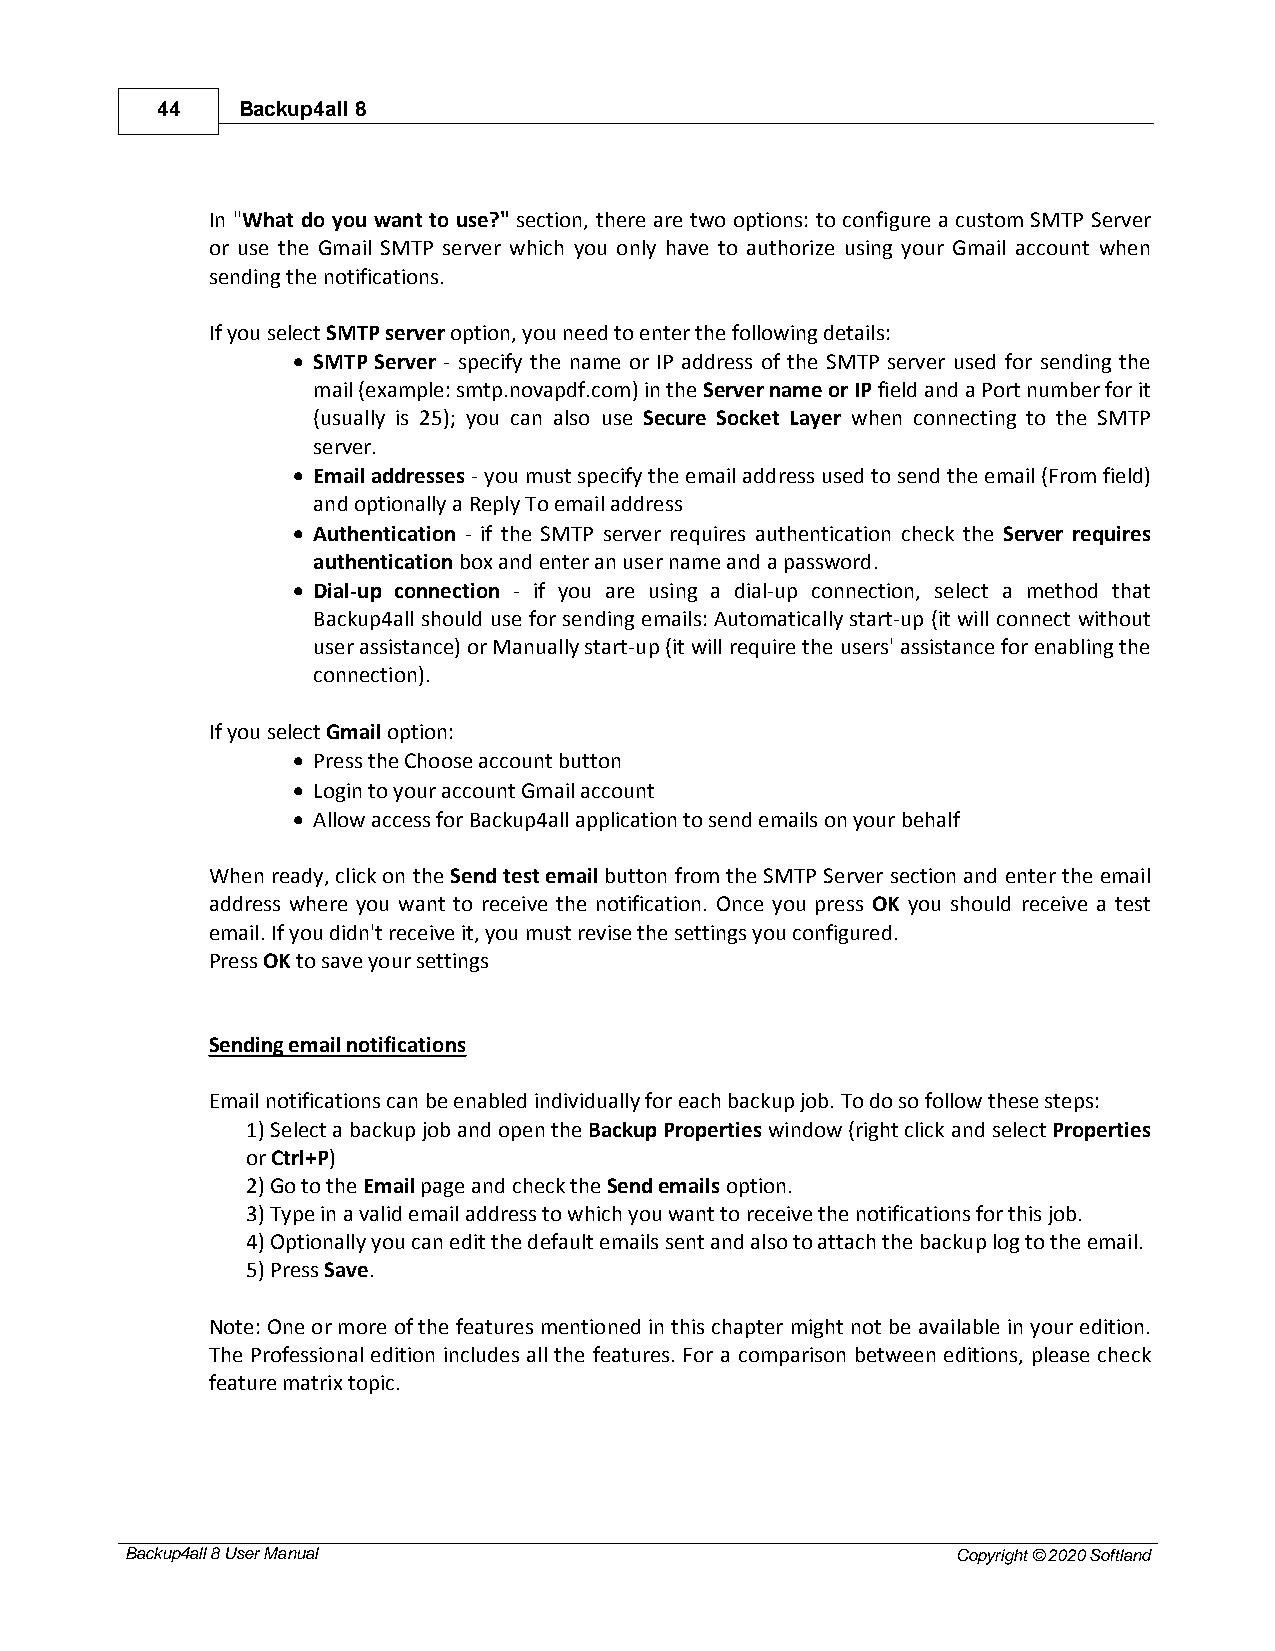
44    Backup4all 8
 In "What do you want to use?" section, there are two options: to configure a custom SMTP Server
 or use the Gmail SMTP server which you only have to authorize using your Gmail account when
 sending the notifications.
 If you select SMTP server option, you need to enter the following details:
 · SMTP Server - specify the name or IP address of the SMTP server used for sending the
 mail (example: smtp.novapdf.com) in the Server name or IP field and a Port number for it
 (usually is 25); you can also use Secure Socket Layer when connecting to the SMTP
 server.
 · Email addresses - you must specify the email address used to send the email (From field)
 and optionally a Reply To email address
 · Authentication - if the SMTP server requires authentication check the Server requires
 authentication box and enter an user name and a password.
 · Dial-up connection - if you are using a dial-up connection, select a method that
 Backup4all should use for sending emails: Automatically start-up (it will connect without
 user assistance) or Manually start-up (it will require the users' assistance for enabling the
 connection).
 If you select Gmail option:
 · Press the Choose account button
 · Login to your account Gmail account
 · Allow access for Backup4all application to send emails on your behalf
 When ready, click on the Send test email button from the SMTP Server section and enter the email
 address where you want to receive the notification. Once you press OK you should receive a test
 email. If you didn't receive it, you must revise the settings you configured.
 Press OK to save your settings
 Sending email notifications
 Email notifications can be enabled individually for each backup job. To do so follow these steps:
 1) Select a backup job and open the Backup Properties window (right click and select Properties
 or Ctrl+P)
 2) Go to the Email page and check the Send emails option.
 3) Type in a valid email address to which you want to receive the notifications for this job.
 4) Optionally you can edit the default emails sent and also to attach the backup log to the email.
 5) Press Save.
 Note: One or more of the features mentioned in this chapter might not be available in your edition.
 The Professional edition includes all the features. For a comparison between editions, please check
 feature matrix topic.
 Backup4all 8 User Manual                               Copyright © 2020 Softland